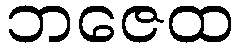
ဘဇေထ